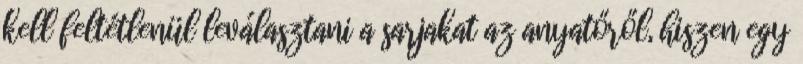
kell feltétlenül leválasztani a sarjakat az anyatőről, hiszen egy